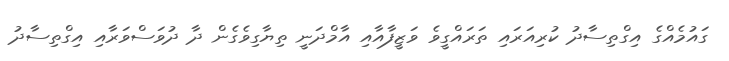
ގައުމެއްގެ އިގްތިސާދު ކުރިއަރައި ތަރައްގީވެ ވަޒީފާއާއި އާމްދަނީ ތިޔާގިވެގެން ދާ ދުވަސްވަރާއި އިގްތިސާދު